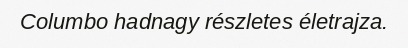
Columbo hadnagy részletes életrajza.